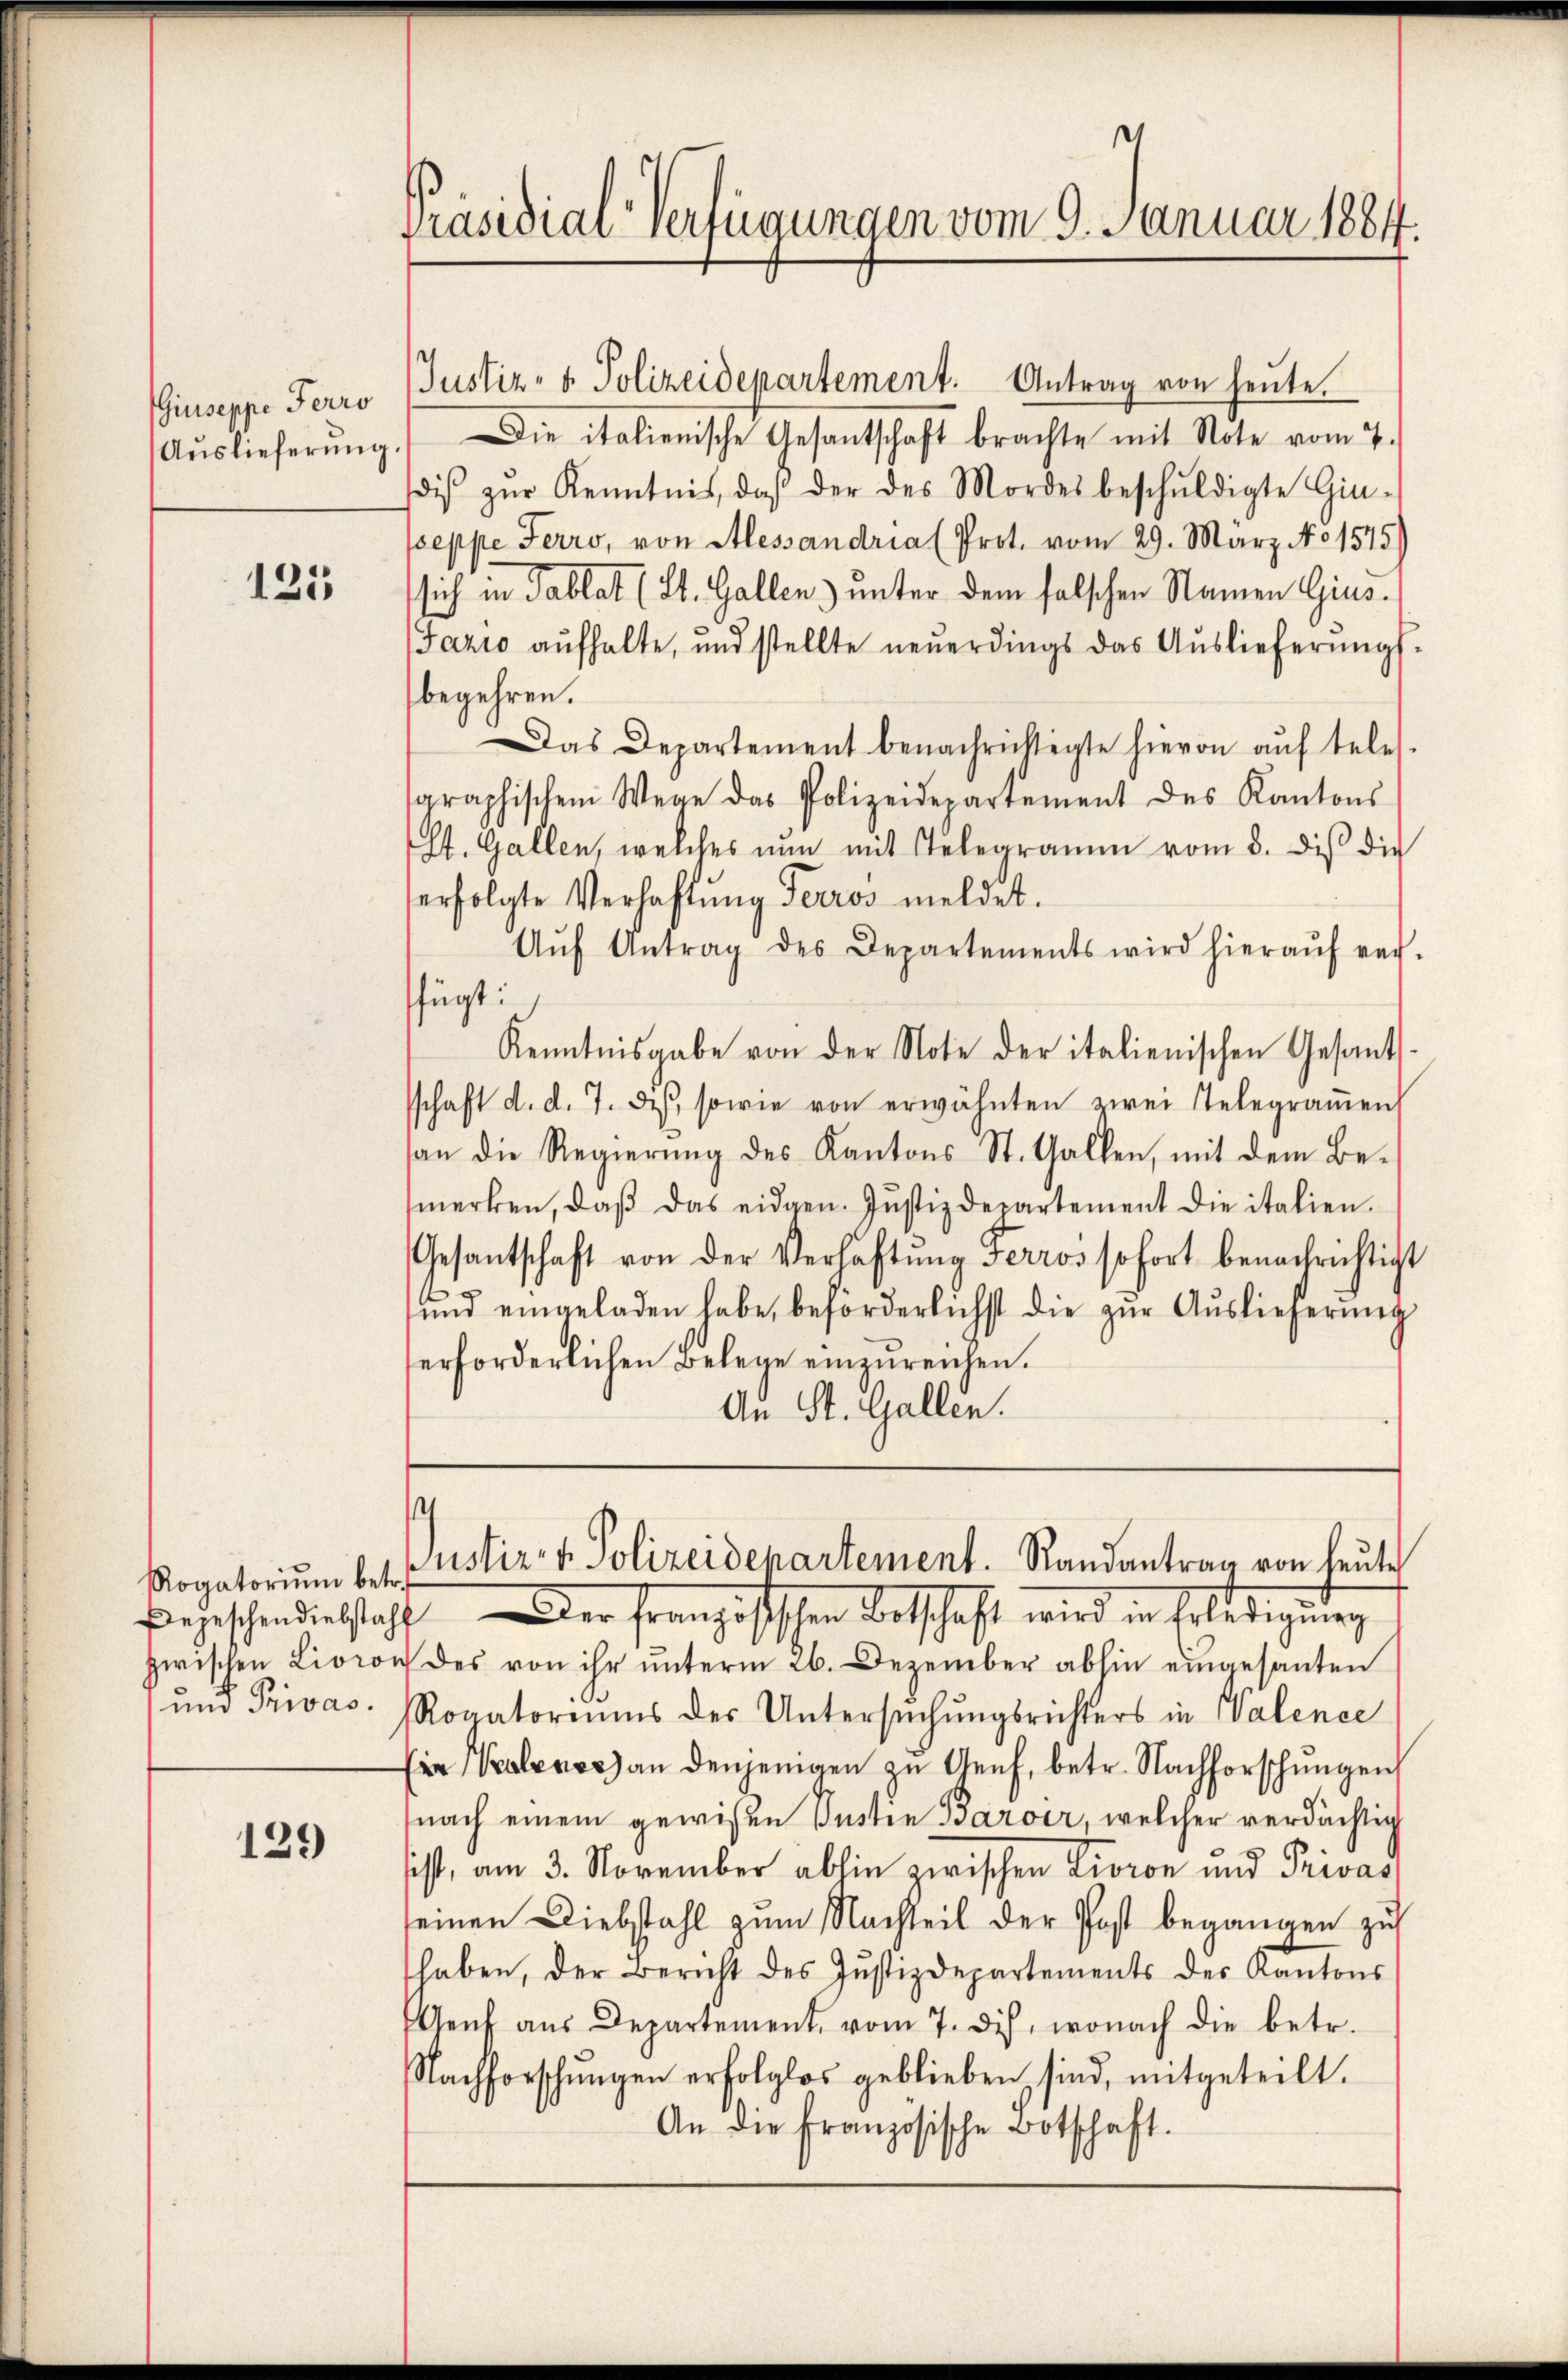
Giuseppe Perro
Auslieferung

125

129

Präsidial-Verfügungen vom 9. Januar 1884.

Justiz- & Polizeidepartement. Antrag von heute.
Die italienische Gesantschaft brachte mit Note vom 7.
diβ zŭr Kenntnis, daβ der des Mordes beschŭldigte Gin-
peppe Ferro, von Alessandria (Prot. vom 29. März No 1545)
sich in Tablat (St. Gallen) unter dem falschen Namen Gius¬
Jazio aufhalte, und stellte neŭerdings das Auslieferungs-
begehren.
Das Departement benachrichtigte hievon aŭf teles-
graphischem Wege das Polizeidepartement des Kantons
St. Gallen, welches nun mit Telegramm vom 8. diβ die
erfolgte Verhaftung Terros meldet.
Aŭf Antrag des Departements wird hieraŭf ver-
ffügt:
Kenntnisgabe von der Note der italienischen Gesants-
sschaft d. d. 7. d. sowie von erwähnten zwei Telegraṁen
san die Regierŭng des Kantons St. Gallen, mit dem Be-
merken, daβ das eidgen. Jŭstizdepartement die italien.
Gesantschaft von der Verhaftung Ferros sofort benachrichtigt
2
ŭnd eingeladen habe, beförderlichst die zŭr Aŭslieferŭng
erforderlichen Belege einzureichen.
An St. Gallen.

¬
Rogatorium betristire v. Polizeidepartement. Randantrag von heute

Begeschendientstaff der Französischen Betschaft wird in Erledigung
zwischen Livion des von ihr ŭnterm 26. Dezember abhin eingesanten
ŭnd Privas. Rogatoriums der Untersŭchŭngsrichters in Valence
Ein Verlence an denjenigen zu Genf, betr. Nachforschungen
nach einem gewißen Justin Barver, welcher verdächtig
sist, am 3. November abhin zwischen Lioron und Privas
seinen Diebstahl zum Nachteil der Post begangen zu
haben, der Bericht des Jŭstizdepartements des Kantons
Geŭf aŭs Departement, vom 7. des, wonach die betr.
Nachforschŭngen erfolglos geblieben, sind, mitgeteilt.
An die französische Botschaft.